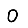
Digit: 0